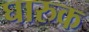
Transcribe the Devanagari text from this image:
घारुक